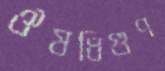
ঔষধিগুণ